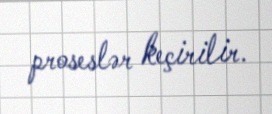
proseslər keçirilir.